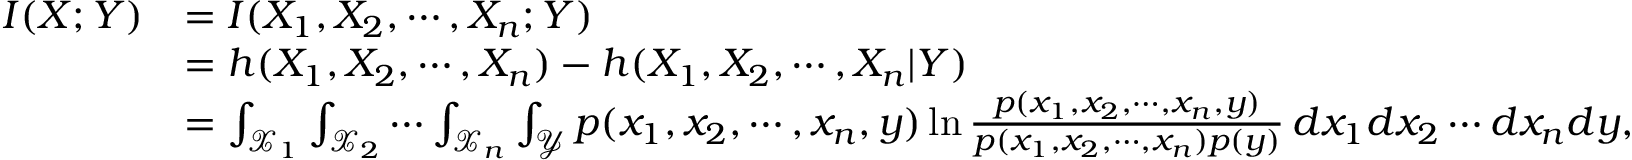
\begin{array} { r l } { I ( \boldsymbol { X } ; Y ) } & { = I ( X _ { 1 } , X _ { 2 } , \cdots , X _ { n } ; Y ) } \\ & { = h ( X _ { 1 } , X _ { 2 } , \cdots , X _ { n } ) - h ( X _ { 1 } , X _ { 2 } , \cdots , X _ { n } | Y ) } \\ & { = \int _ { \mathcal { X } _ { 1 } } \int _ { \mathcal { X } _ { 2 } } \cdots \int _ { \mathcal { X } _ { n } } \int _ { \mathcal { Y } } p ( x _ { 1 } , x _ { 2 } , \cdots , x _ { n } , y ) \ln \frac { p ( x _ { 1 } , x _ { 2 } , \cdots , x _ { n } , y ) } { p ( x _ { 1 } , x _ { 2 } , \cdots , x _ { n } ) p ( y ) } \, d x _ { 1 } d x _ { 2 } \cdots d x _ { n } d y , } \end{array}